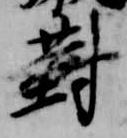
対